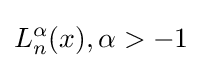
L_{n}^{\alpha }(x),\alpha >-1